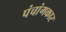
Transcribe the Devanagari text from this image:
पंचांगकार